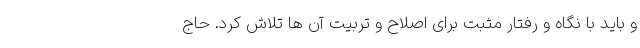
و باید با نگاه و رفتار مثبت برای اصلاح و تربیت آن ها تلاش کرد. حاج